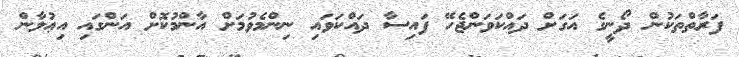
ފަރާތްތަކުން ދޯނީގެ އަގަށް ދައްކަވަންޖެހޭ ފައިސާ ދައްކަވައި ނިންމެވުމަށް އާންމުކޮށް އަންގައި އިޢުލާން